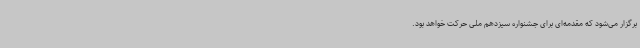
برگزار می‌شود که مقدمه‌ای برای جشنواره سیزدهم ملی حرکت خواهد بود.